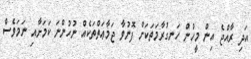
އަދި ރާއްޖެ އިން މީހުން ހަނގުރާމަތަކަށް ފޮނުވާ ޖަމާޢަތްތަކެއް ނުހުންނަ ކަމަށާއި ނަމަވެސް